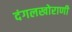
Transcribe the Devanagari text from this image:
दंगलखोराणी